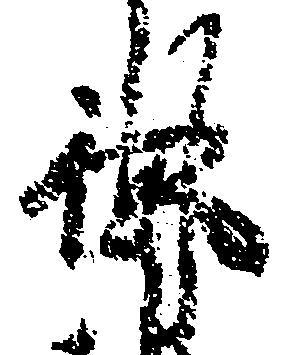
御